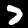
Label: 7